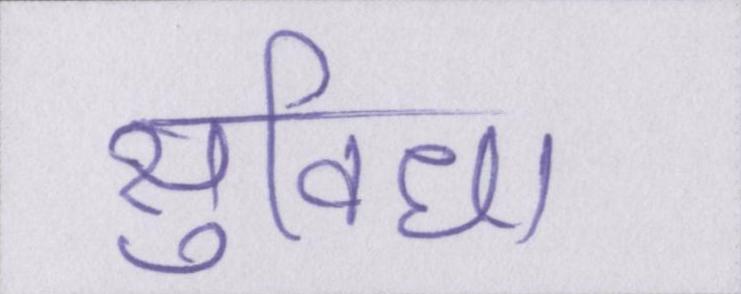
सुविधा